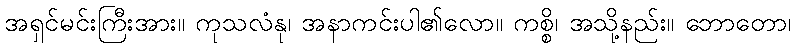
အရှင်မင်းကြီးအား။ ကုသလံနု၊ အနာကင်းပါ၏လော။ ကစ္စိ၊ အသို့နည်း။ ဘောတော၊